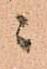
ニ